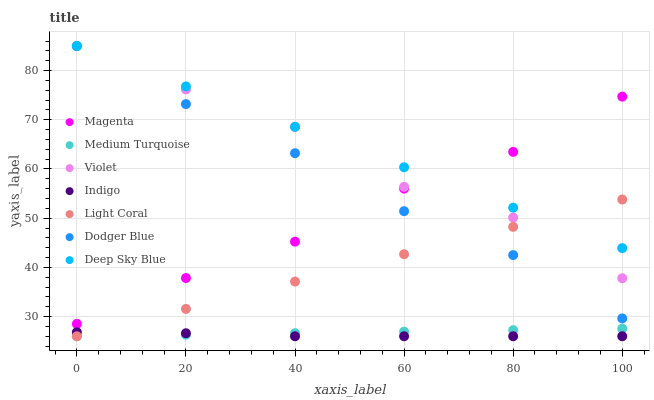
| xaxis_label | Magenta | Medium Turquoise | Violet | Indigo | Light Coral | Dodger Blue | Deep Sky Blue |
 | --- | --- | --- | --- | --- | --- | --- | --- |
 | 0 | 28.5 | 26 | 85 | 26.8 | 26 | 85 | 85 |
 | 20 | 37.8 | 26.3 | 76.2 | 26.6 | 31.6 | 73.2 | 76.8 |
 | 40 | 45.2 | 26.6 | 68.6 | 26 | 37.1 | 63.2 | 68.6 |
 | 60 | 56 | 26.9 | 56.4 | 26 | 42.7 | 51.4 | 60.4 |
 | 80 | 63.5 | 27.2 | 50.1 | 26 | 48.2 | 42.5 | 52.1 |
 | 100 | 74.7 | 27.6 | 37.8 | 26 | 53.8 | 29.6 | 43.9 |